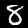
Label: 8